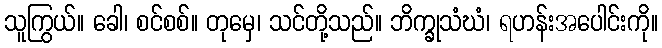
သူကြွယ်။ ခေါ၊ စင်စစ်။ တုမှေ၊ သင်တို့သည်။ ဘိက္ခုသံဃံ၊ ရဟန်းအပေါင်းကို။